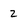
Character: 2